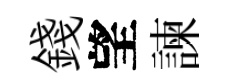
錢望諫